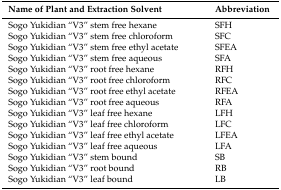
| Name of Plant and Extraction Solvent | Abbreviation |
 | --- | --- |
 | Sogo Yukidian “V3” stem free hexane | SFH |
 | Sogo Yukidian “V3” stem free chloroform | SFC |
 | Sogo Yukidian “V3” stem free ethyl acetate | SFEA |
 | Sogo Yukidian “V3” stem free aqueous | SFA |
 | Sogo Yukidian “V3” root free hexane | RFH |
 | Sogo Yukidian “V3” root free chloroform | RFC |
 | Sogo Yukidian “V3” root free ethyl acetate | RFEA |
 | Sogo Yukidian “V3” root free aqueous | RFA |
 | Sogo Yukidian “V3” leaf free hexane | LFH |
 | Sogo Yukidian “V3” leaf free chloroform | LFC |
 | Sogo Yukidian “V3” leaf free ethyl acetate | LFEA |
 | Sogo Yukidian “V3” leaf free aqueous | LFA |
 | Sogo Yukidian “V3” stem bound | SB |
 | Sogo Yukidian “V3” root bound | RB |
 | Sogo Yukidian “V3” leaf bound | LB |